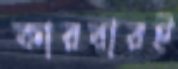
কারবারই